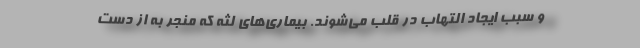
و سبب ایجاد التهاب در قلب می‌شوند. بیماری‌های لثه که منجر به از دست